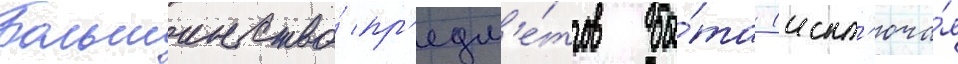
Большинство́ пр'едм'е́тов бы́та (искл'юча́я